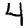
Digit: 4